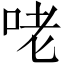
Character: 咾